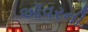
ઑવરની